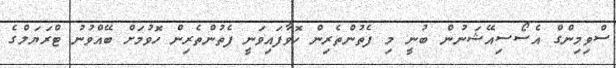
ސްވިމިންގް އެސޯސިއޭޝަނުން ބުނީ މި ފެތުންތެރިން ހޮވާފައިވަނީ ފެތުންތެރިން ހޮވުމަށް ބޭއްވުނު ޓްރަޔަލްގެ